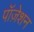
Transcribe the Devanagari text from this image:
पॉज़ेशन